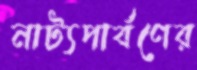
নাট্যপার্বণের